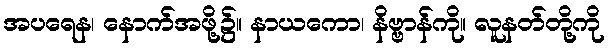
အပရေန၊ နောက်အဖို့၌။ နာယကော၊ နိဗ္ဗာန်ကို။ လူနတ်တို့ကို